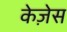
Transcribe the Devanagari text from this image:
केज़ेस